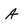
Character: A